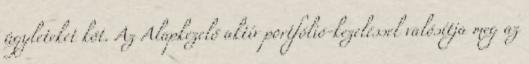
ügyleteket köt. Az Alapkezelő aktív portfólió-kezeléssel valósítja meg az